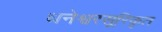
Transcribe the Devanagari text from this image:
धनेश्वरसूरिकृत